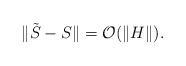
LaTeX: \begin{align*} \|\tilde{S}-S\|= \mathcal{O}(\|H\|). \end{align*}